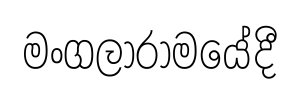
මංගලාරාමයේදී